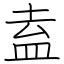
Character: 盍